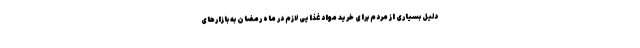
دلیل بسیاری از مردم برای خرید مواد غذایی لازم در ماه رمضان به بازارهای